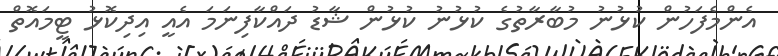
އެންމެފަހުން ކުޅުނު މުބާރާތުގެ ކުޅުނު ކުޅުން ޝާޑު ދައްކާފިނަމަ އެއީ އިދިކޮޅު ޓީމައޮތް